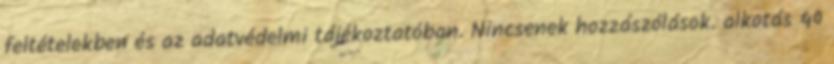
feltételekben és az adatvédelmi tájékoztatóban. Nincsenek hozzászólások. alkotás 40